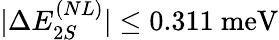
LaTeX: |\Delta E_{2S}^{(NL)}|\leq 0.311\ \mathrm{meV}